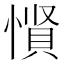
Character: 𪬡